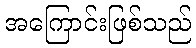
အကြောင်းဖြစ်သည်